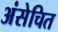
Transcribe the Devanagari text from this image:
अंसेचित